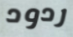
ردود